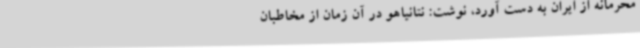
محرمانه از ایران به دست آورد، نوشت: نتانیاهو در آن زمان از مخاطبان